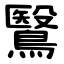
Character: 鷖